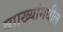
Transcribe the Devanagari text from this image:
व्याख्यांमधील